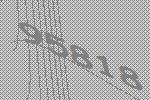
95818